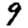
Digit: 9